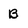
Character: B